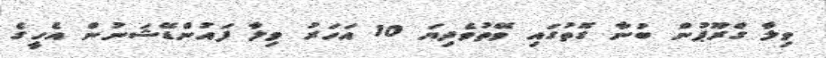
ވިލާ ގްރޫޕުން ބުނާ ގޮތުގައި ވޭތުވެދިޔަ 10 އަހަރު ވިލާ ފައުންޑޭޝަނުން އެހީގެ